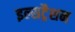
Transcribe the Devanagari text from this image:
इल्सट्रैशन